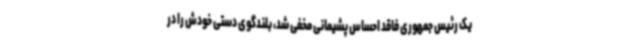
یک رئیس جمهوری فاقد احساس پشیمانی مخفی شد، بلندگوی دستی خودش را در